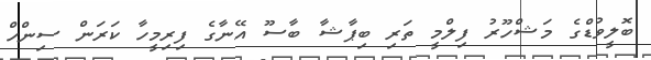
ބޮލީވުޑްގެ މަޝްހޫރު ފިލްމީ ތަރި ބިޕާޝާ ބާސޫ އޭނާގެ ފިރިމީހާ ކަރަން ސިންހް